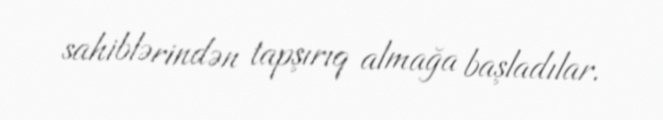
sahiblərindən tapşırıq almağa başladılar.